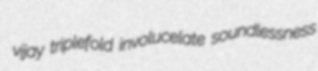
vijay triplefold involucelate soundlessness